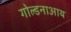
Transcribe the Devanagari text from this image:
गोल्डनाआय